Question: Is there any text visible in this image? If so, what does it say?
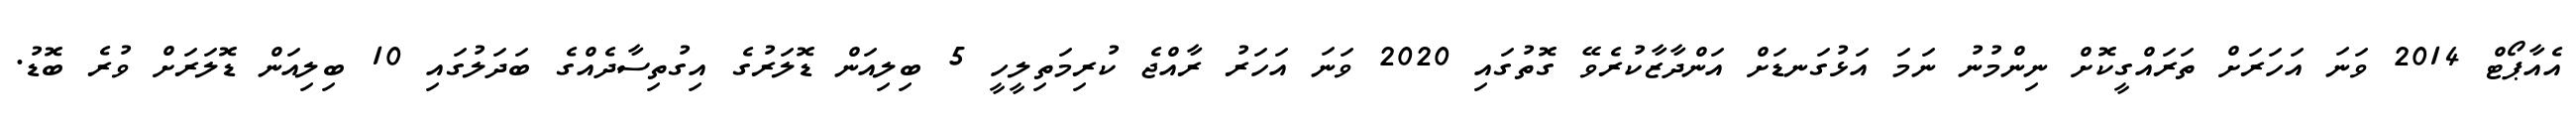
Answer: އެއާޕޯޓް 2014 ވަނަ އަހަރަށް ތަރައްގީކޮށް ނިންމުނު ނަމަ އަޅުގަނޑަށް އަންދާޒާކުރެވޭ ގޮތުގައި 2020 ވަނަ އަހަރު ރާއްޖެ ކުރިމަތިލީހީ 5 ބިލިއަން ޑޮލަރުގެ އިގުތިސާދެއްގެ ބަދަލުގައި 10 ބިލިއަން ޑޮލަރަށް ވުރެ ބޮޑު.